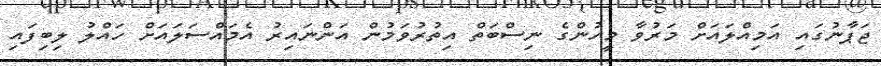
ޖަޕާނުގައި އަމިއްލައަށް މަރުވާ މީހުންގެ ނިސްބަތް އިތުރުވަމުން އަންނައިރު އެމައްސަލައަށް ހައްލު ލިބިފައި